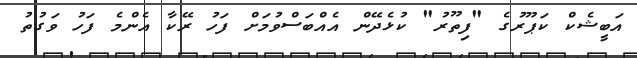
އަބީޝެކް ކަޕޫރުގެ "ފިތޫރު" ކުޅެދޭން އެއްބަސްވުމަށް ފަހު ރޭކާ އެންމެ ފަހު ވަގުތު